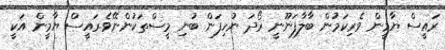
ރައީސް ޔާމީން ވެރިކަމުން ބާލާފަނޫނީ ރޯދަ ނުހިފަން ބުނި މީސްތަކުންނޭވެ.ރައީސް ޔާމީން އަކީ